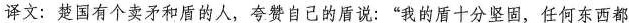
译文：楚国有个卖矛和盾的人，夸赞自己的盾说：”我的盾十分坚固，任何东西